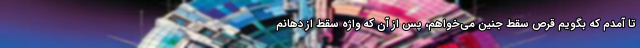
تا آمدم که بگویم قرص سقط جنین می‌خواهم، پس از آن که واژه سقط از دهانم